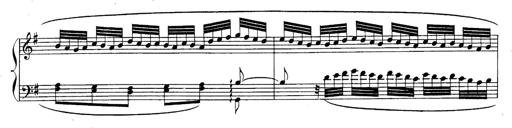
Title: Sonatina for Piano
Composer: BÃ©la BartÃ³k